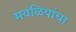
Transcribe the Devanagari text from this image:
मवळियांचा